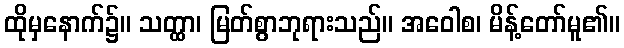
ထိုမှနောက်၌။ သတ္ထာ၊ မြတ်စွာဘုရားသည်။ အဝေါစ၊ မိန့်တော်မူ၏။